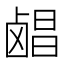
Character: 𬸶